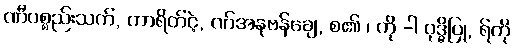
ဏီပစ္စည်းသက်, ကာရိတ်ငဲ့, ဏ်အနုဗန်ချေ, စ၏ ၊ ကို -ါ ဝုဒ္ဓိပြု, ရ်ကို